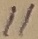
Text: 11